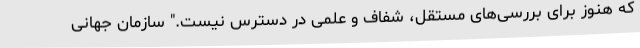
که هنوز برای بررسی‌های مستقل، شفاف و علمی در دسترس نیست." سازمان جهانی